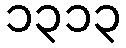
၁၃၁၃